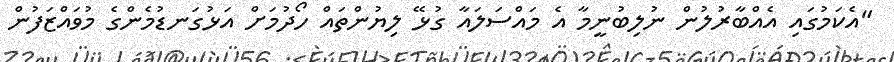
"އެކަމުގައި އެއްބާރުލުން ނުލިބުނީމާ އެ މައްސަލައާ ގުޅޭ ލިޔުންތައް ހޯދުމަށް އަޅުގަނޑުމެންގެ މުވައްޒަފުން